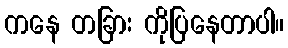
ကနေ တခြား ကိုပြနေတာပါ။